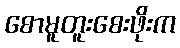
စောမူတူးစေးဖိုးက